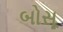
બોસૂ